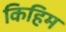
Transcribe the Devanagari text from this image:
किहिम